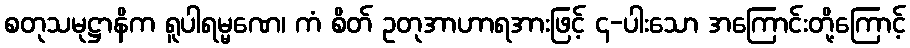
စတုသမုဋ္ဌာနိက ရူပါရမ္မဏေ၊ ကံ စိတ် ဥတုအာဟာရအားဖြင့် ၄-ပါးသော အကြောင်းတို့ကြောင့်